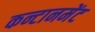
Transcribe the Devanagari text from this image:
कन्टानमेंट